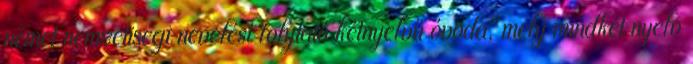
német nemzetiségi nevelést folytató kétnyelvű óvoda, mely mindkét nyelv